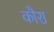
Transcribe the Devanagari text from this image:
कौरा